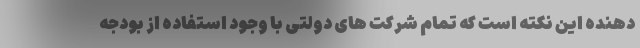
دهنده این نکته است که تمام شرکت های دولتی با وجود استفاده از بودجه